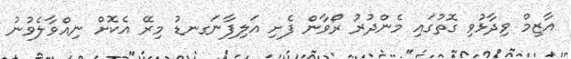
އާޒިމް ވިދާޅުވި ގޮތުގައި މެންދުރު ރޯވާން ފެށި އަލިފާނަގނޑު މިރޭ އެކޮށް ނިއްވާލެވުނު